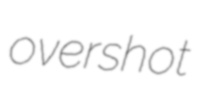
overshot